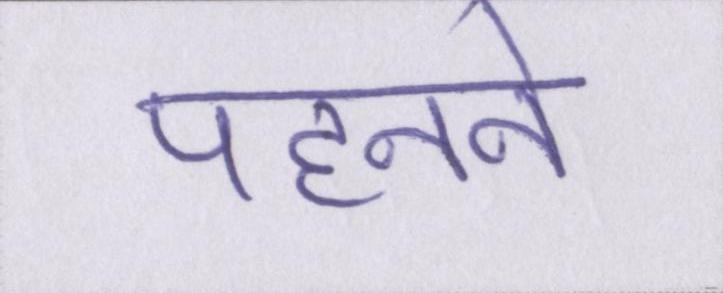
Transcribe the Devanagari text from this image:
पहनने